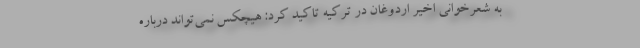
به شعرخوانی اخیر اردوغان در ترکیه تاکید کرد: هیچکس نمی‌تواند درباره